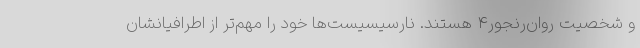
و شخصیت روان‌رنجور۴ هستند. نارسیسیست‌ها خود را مهم‌تر از اطرافیانشان